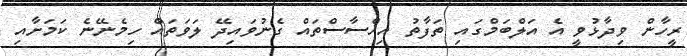
ރީހާން ވިދާޅުވީ އެ އަލްބަމްގައި ތަފާތު އިހްސާސްތައް ގެނުވައިދޭ ލަވަތައް ހިމެނޭނެ ކަމަށާއި